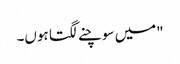
"میں سوچنے لگتا ہوں۔